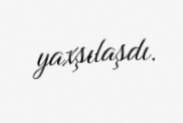
yaxşılaşdı.